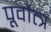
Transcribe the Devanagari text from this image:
पूर्वोत्त्र